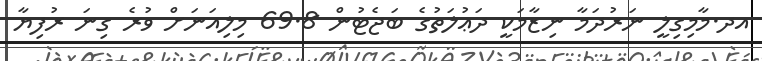
އދ.މާމިގިލީ ނަރުދަމާ ނިޒާމަކީ ދަޢުލަތުގެ ބަޖެޓުން 69.8 މިލިއަނަށް ވުރެ ގިނަ ރުފިޔާ